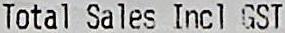
TOTAL SALES INCL GST